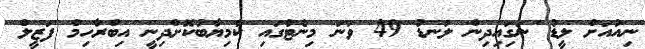
ނިއުއަށް ލީޑު ނަގަިއިދިން ލަނޑު 49 ވަނަ މިނެޓުގައި ކާމިޔާބުކޮށްދިނީ އިބްރާހިމް ފަޒީލް